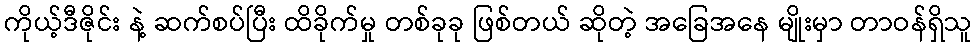
ကိုယ့်ဒီဇိုင်း နဲ့ ဆက်စပ်ပြီး ထိခိုက်မှု တစ်ခုခု ဖြစ်တယ် ဆိုတဲ့ အခြေအနေ မျိုးမှာ တာဝန်ရှိသူ